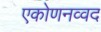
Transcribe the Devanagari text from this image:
एकोणनव्वद